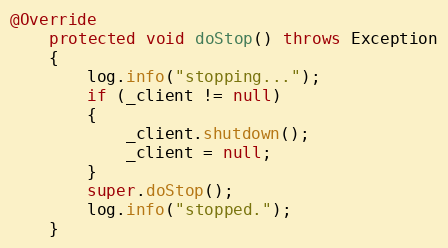
Language: Java
@Override
    protected void doStop() throws Exception
    {
        log.info("stopping...");
        if (_client != null)
        {
            _client.shutdown();
            _client = null;
        }
        super.doStop();
        log.info("stopped.");
    }